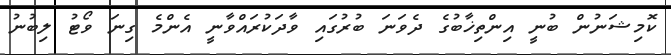
ކޮމިޝަނުން ބުނީ އިންތިޚާބުގެ ދެވަނަ ބުރުގައި ވާދަކުރައްވާނީ އެންމެ ގިނަ ވޯޓު ލިބުނު